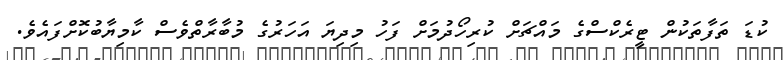
ކުޑަ ތަފާތަކުން ޓީރެކްސްގެ މައްޗަށް ކުރިހޯދުމަށް ފަހު މިދިޔަ އަހަރުގެ މުބާރާތްވެސް ކާމިޔާބުކޮށްފައެވެ.